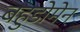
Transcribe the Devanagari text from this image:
बहुडोमेन